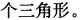
个三角形。